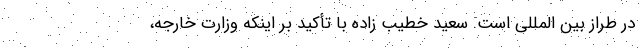
در طراز بین المللی است. سعید خطیب زاده با تأکید بر اینکه وزارت خارجه،